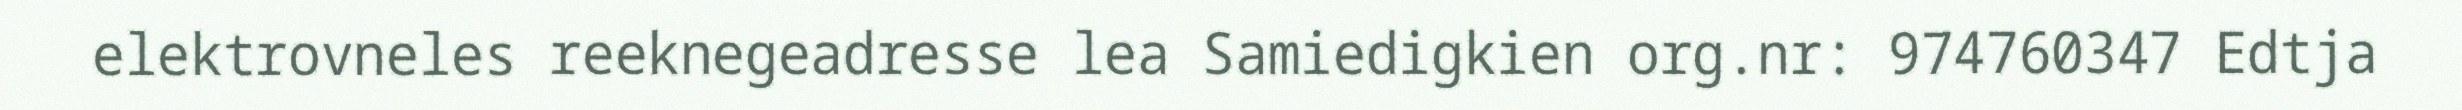
elektrovneles reeknegeadresse lea Samiedigkien org.nr: 974760347 Edtja